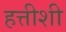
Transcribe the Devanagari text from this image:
हत्तीशी